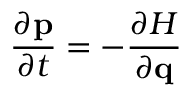
{ \frac { \partial \mathbf { p } } { \partial t } } = - { \frac { \partial H } { \partial \mathbf { q } } }